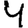
Digit: 4